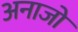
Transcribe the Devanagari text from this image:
अनाजो